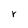
Character: r